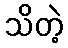
သိတဲ့